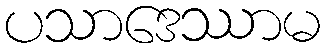
ပသာဒေဿာမ